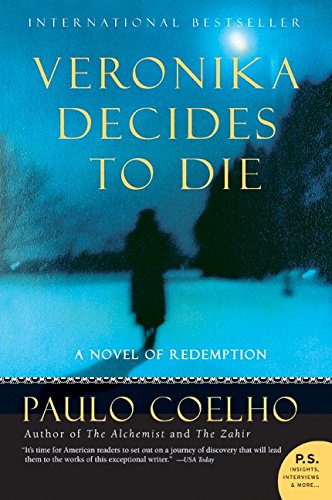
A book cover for Veronika Decides to Die: A Novel of Redemption; Paulo Coelho; Literature & Fiction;